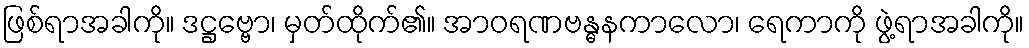
ဖြစ်ရာအခါကို။ ဒဋ္ဌဗ္ဗော၊ မှတ်ထိုက်၏။ အာဝရဏဗန္ဓနကာလော၊ ရေကာကို ဖွဲ့ရာအခါကို။